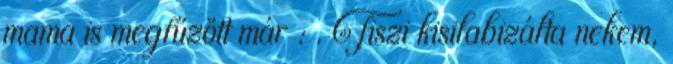
mama is megfűzött már : . Tiszi kisilabizálta nekem,